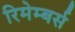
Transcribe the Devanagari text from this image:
रिमेम्बर्स